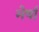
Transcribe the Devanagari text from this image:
मेर्षा